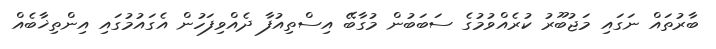
ބާރުތައް ނަގައި މަޖުބޫރު ކުރެއްވުމުގެ ސަބަބުން މުގާބޭ އިސްތިއުފާ ދެއްވިފަހުން އެގައުމުގައި އިންތިޚާބެއް